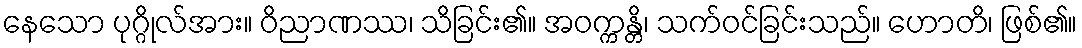
နေသော ပုဂ္ဂိုလ်အား။ ဝိညာဏဿ၊ သိခြင်း၏။ အဝက္ကန္တိ၊ သက်ဝင်ခြင်းသည်။ ဟောတိ၊ ဖြစ်၏။